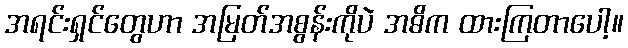
အရင်းရှင်တွေဟာ အမြတ်အစွန်းကိုပဲ အဓိက ထားကြတာပေါ့။